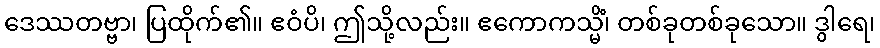
ဒေဿတဗ္ဗာ၊ ပြထိုက်၏။ ဧဝံပိ၊ ဤသို့လည်း။ ဧကောကသ္မိံ၊ တစ်ခုတစ်ခုသော။ ဒွါရေ၊